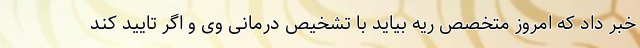
خبر داد که امروز متخصص ریه بیاید با تشخیص درمانی وی و اگر تایید کند